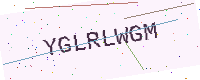
Text: YGLRLWGM